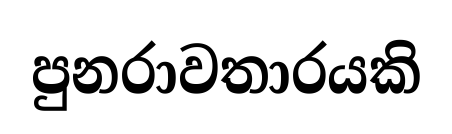
පුනරාවතාරයකි